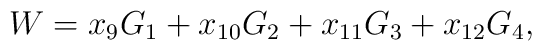
W = x_9G_1 + x_{10}G_2 + x_{11}G_3 + x_{12}G_4,